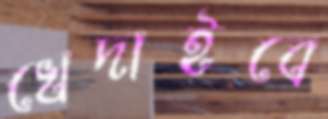
খেদাইবে